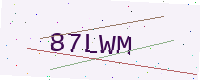
Text: 87LWM